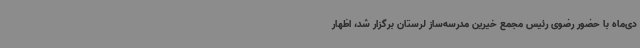
دی‌ماه با حضور رضوی رئیس مجمع خیرین مدرسه‌ساز لرستان برگزار شد، اظهار